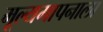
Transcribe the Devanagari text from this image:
मूल्यमापनाला